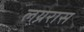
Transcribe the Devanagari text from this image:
लग्नरास